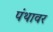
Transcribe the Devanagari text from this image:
पंथावर